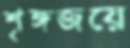
শৃঙ্গজয়ে